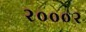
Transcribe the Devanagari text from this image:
२०००२